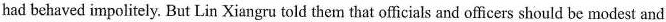
had behaved impolitely. But Lin Xiangru told them that officials and officers should be modest and